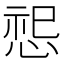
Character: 𪬂